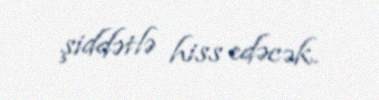
şiddətlə hiss edəcək.